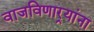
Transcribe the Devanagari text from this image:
वाजविणार्‍यांना